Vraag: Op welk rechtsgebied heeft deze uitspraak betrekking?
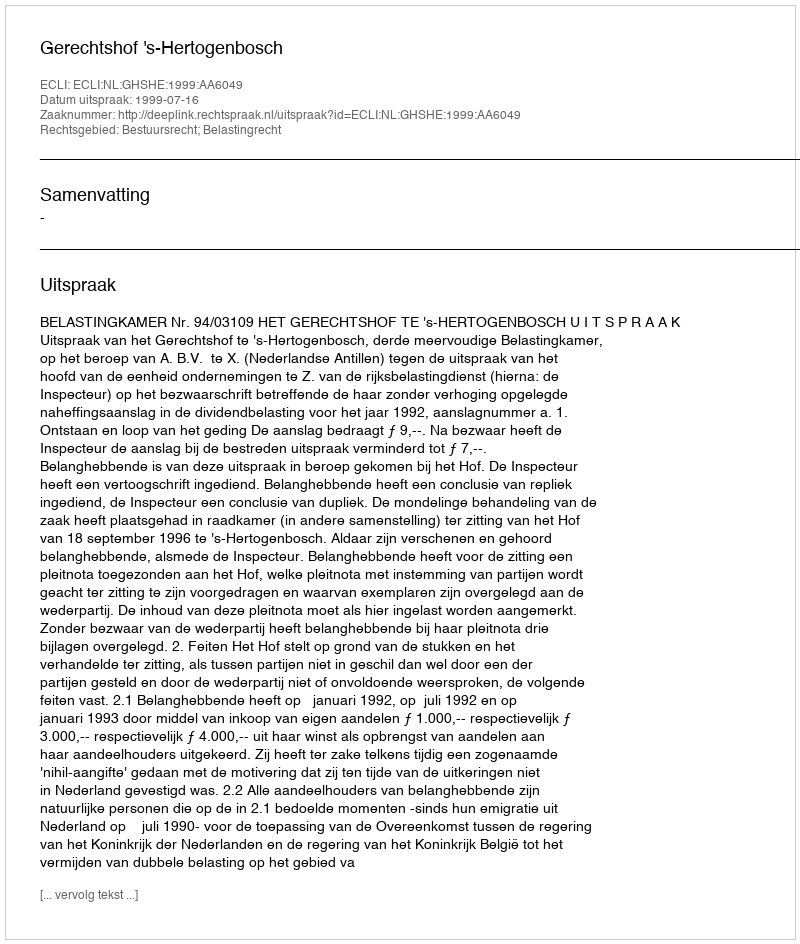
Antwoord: Bestuursrecht; Belastingrecht